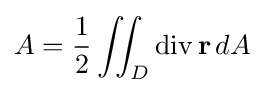
A={\frac {1}{2}}\iint _{D}\operatorname {div} \mathbf {r} \,dA